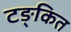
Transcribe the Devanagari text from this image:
टङ्कित